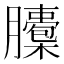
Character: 𦢭